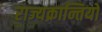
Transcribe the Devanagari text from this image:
राज्यक्रान्तियों